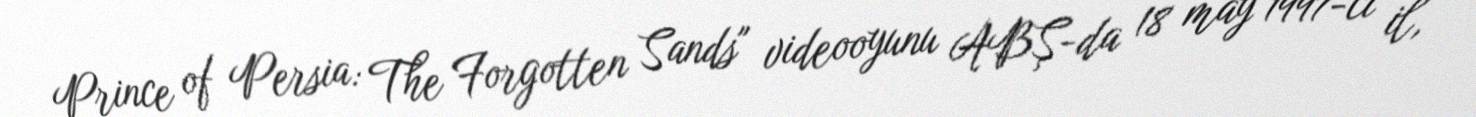
Prince of Persia: The Forgotten Sands" videooyunu ABŞ-da 18 may 1997-ci il,